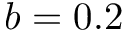
b = 0 . 2